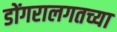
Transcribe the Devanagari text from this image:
डोंगरालगतच्या